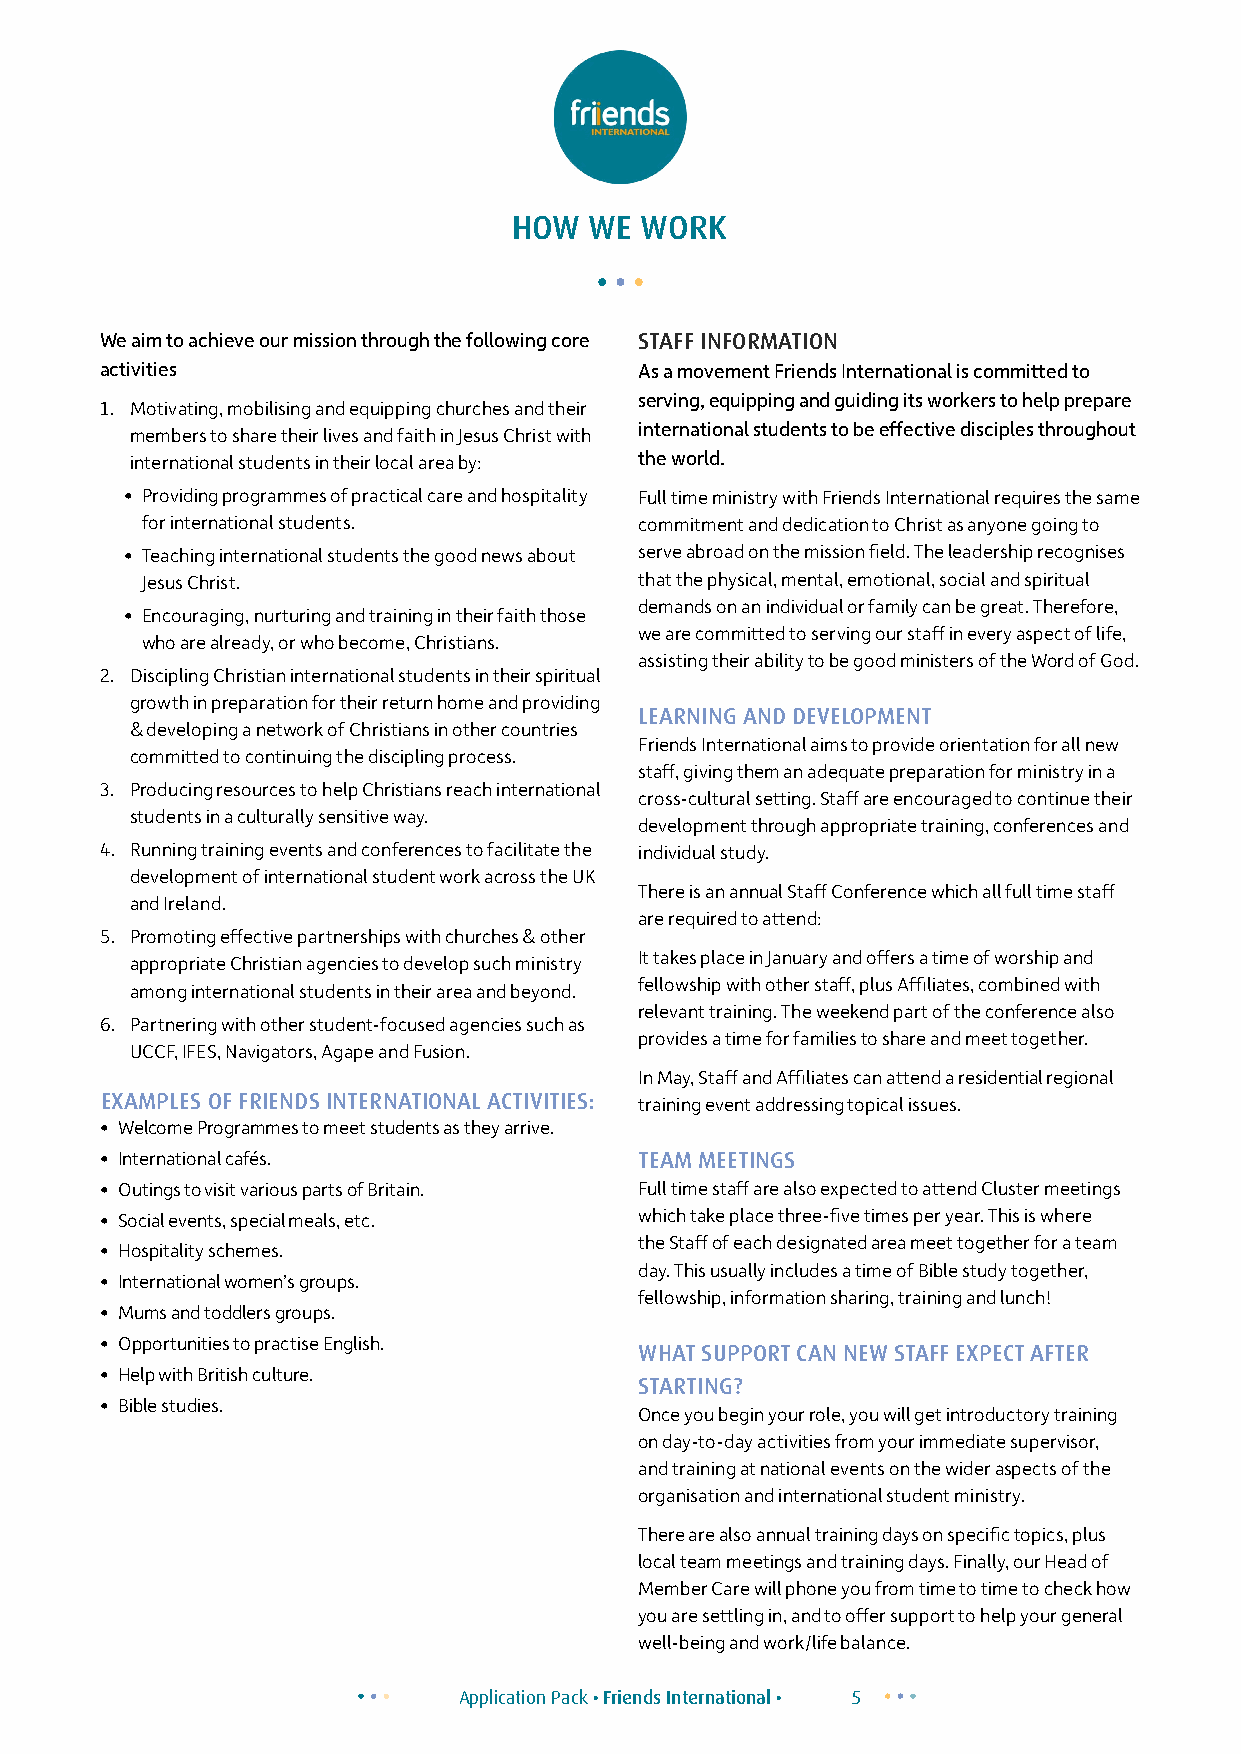
HOW  WE WORK
 We aim to achieve our mission through the following core STAFF INFORMATION
 activities                         As a movement Friends International is committed to
 serving, equipping and guiding its workers to help prepare
 1. Motivating, mobilising and equipping churches and their
 international students to be effective disciples throughout
 members to share their lives and faith in Jesus Christ with
 international students in their local area by: the world.
 • Providing programmes of practical care and hospitality Full time ministry with Friends International requires the same
 for international students.      commitment and dedication to Christ as anyone going to
 • Teaching international students the good news about serve abroad on the mission field. The leadership recognises
 Jesus Christ.                    that the physical, mental, emotional, social and spiritual
 demands on an individual or family can be great. Therefore,
 • Encouraging, nurturing and training in their faith those
 we are committed to serving our staff in every aspect of life,
 who are already, or who become, Christians.
 assisting their ability to be good ministers of the Word of God.
 2. Discipling Christian international students in their spiritual
 growth in preparation for their return home and providing
 LEARNING AND DEVELOPMENT
 & developing a network of Christians in other countries
 Friends International aims to provide orientation for all new
 committed to continuing the discipling process.
 staff, giving them an adequate preparation for ministry in a
 3. Producing resources to help Christians reach international
 cross-cultural setting. Staff are encouraged to continue their
 students in a culturally sensitive way.
 development through appropriate training, conferences and
 4. Running training events and conferences to facilitate the individual study.
 development of international student work across the UK
 There is an annual Staff Conference which all full time staff
 and Ireland.
 are required to attend:
 5. Promoting effective partnerships with churches & other
 It takes place in January and offers a time of worship and
 appropriate Christian agencies to develop such ministry
 fellowship with other staff, plus Affiliates, combined with
 among international students in their area and beyond.
 relevant training. The weekend part of the conference also
 6. Partnering with other student-focused agencies such as
 provides a time for families to share and meet together.
 UCCF, IFES, Navigators, Agape and Fusion.
 In May, Staff and Affiliates can attend a residential regional
 EXAMPLES OF FRIENDS INTERNATIONAL ACTIVITIES: training event addressing topical issues.
 • Welcome Programmes to meet students as they arrive.
 • International cafés.             TEAM MEETINGS
 • Outings to visit various parts of Britain. Full time staff are also expected to attend Cluster meetings
 • Social events, special meals, etc. which take place three-five times per year. This is where
 the Staff of each designated area meet together for a team
 • Hospitality schemes.
 day. This usually includes a time of Bible study together,
 • International women’s groups.
 fellowship, information sharing, training and lunch!
 • Mums and toddlers groups.
 • Opportunities to practise English.
 WHAT SUPPORT CAN NEW STAFF EXPECT AFTER
 • Help with British culture.
 STARTING?
 • Bible studies.
 Once you begin your role, you will get introductory training
 on day-to-day activities from your immediate supervisor,
 and training at national events on the wider aspects of the
 organisation and international student ministry.
 There are also annual training days on specific topics, plus
 local team meetings and training days. Finally, our Head of
 Member Care will phone you from time to time to check how
 you are settling in, and to offer support to help your general
 well-being and work/life balance.
 Application Pack • Friends International • 5